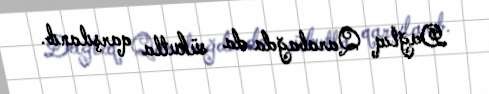
Dağlıq Qarabağda da sükutla qarşılanıb.